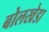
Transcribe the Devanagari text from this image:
बोलखेडा